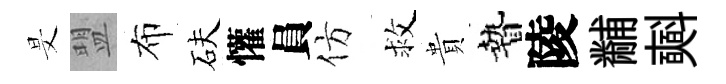
旻盟布砆懽員仿救貴贄陵黼𣂏